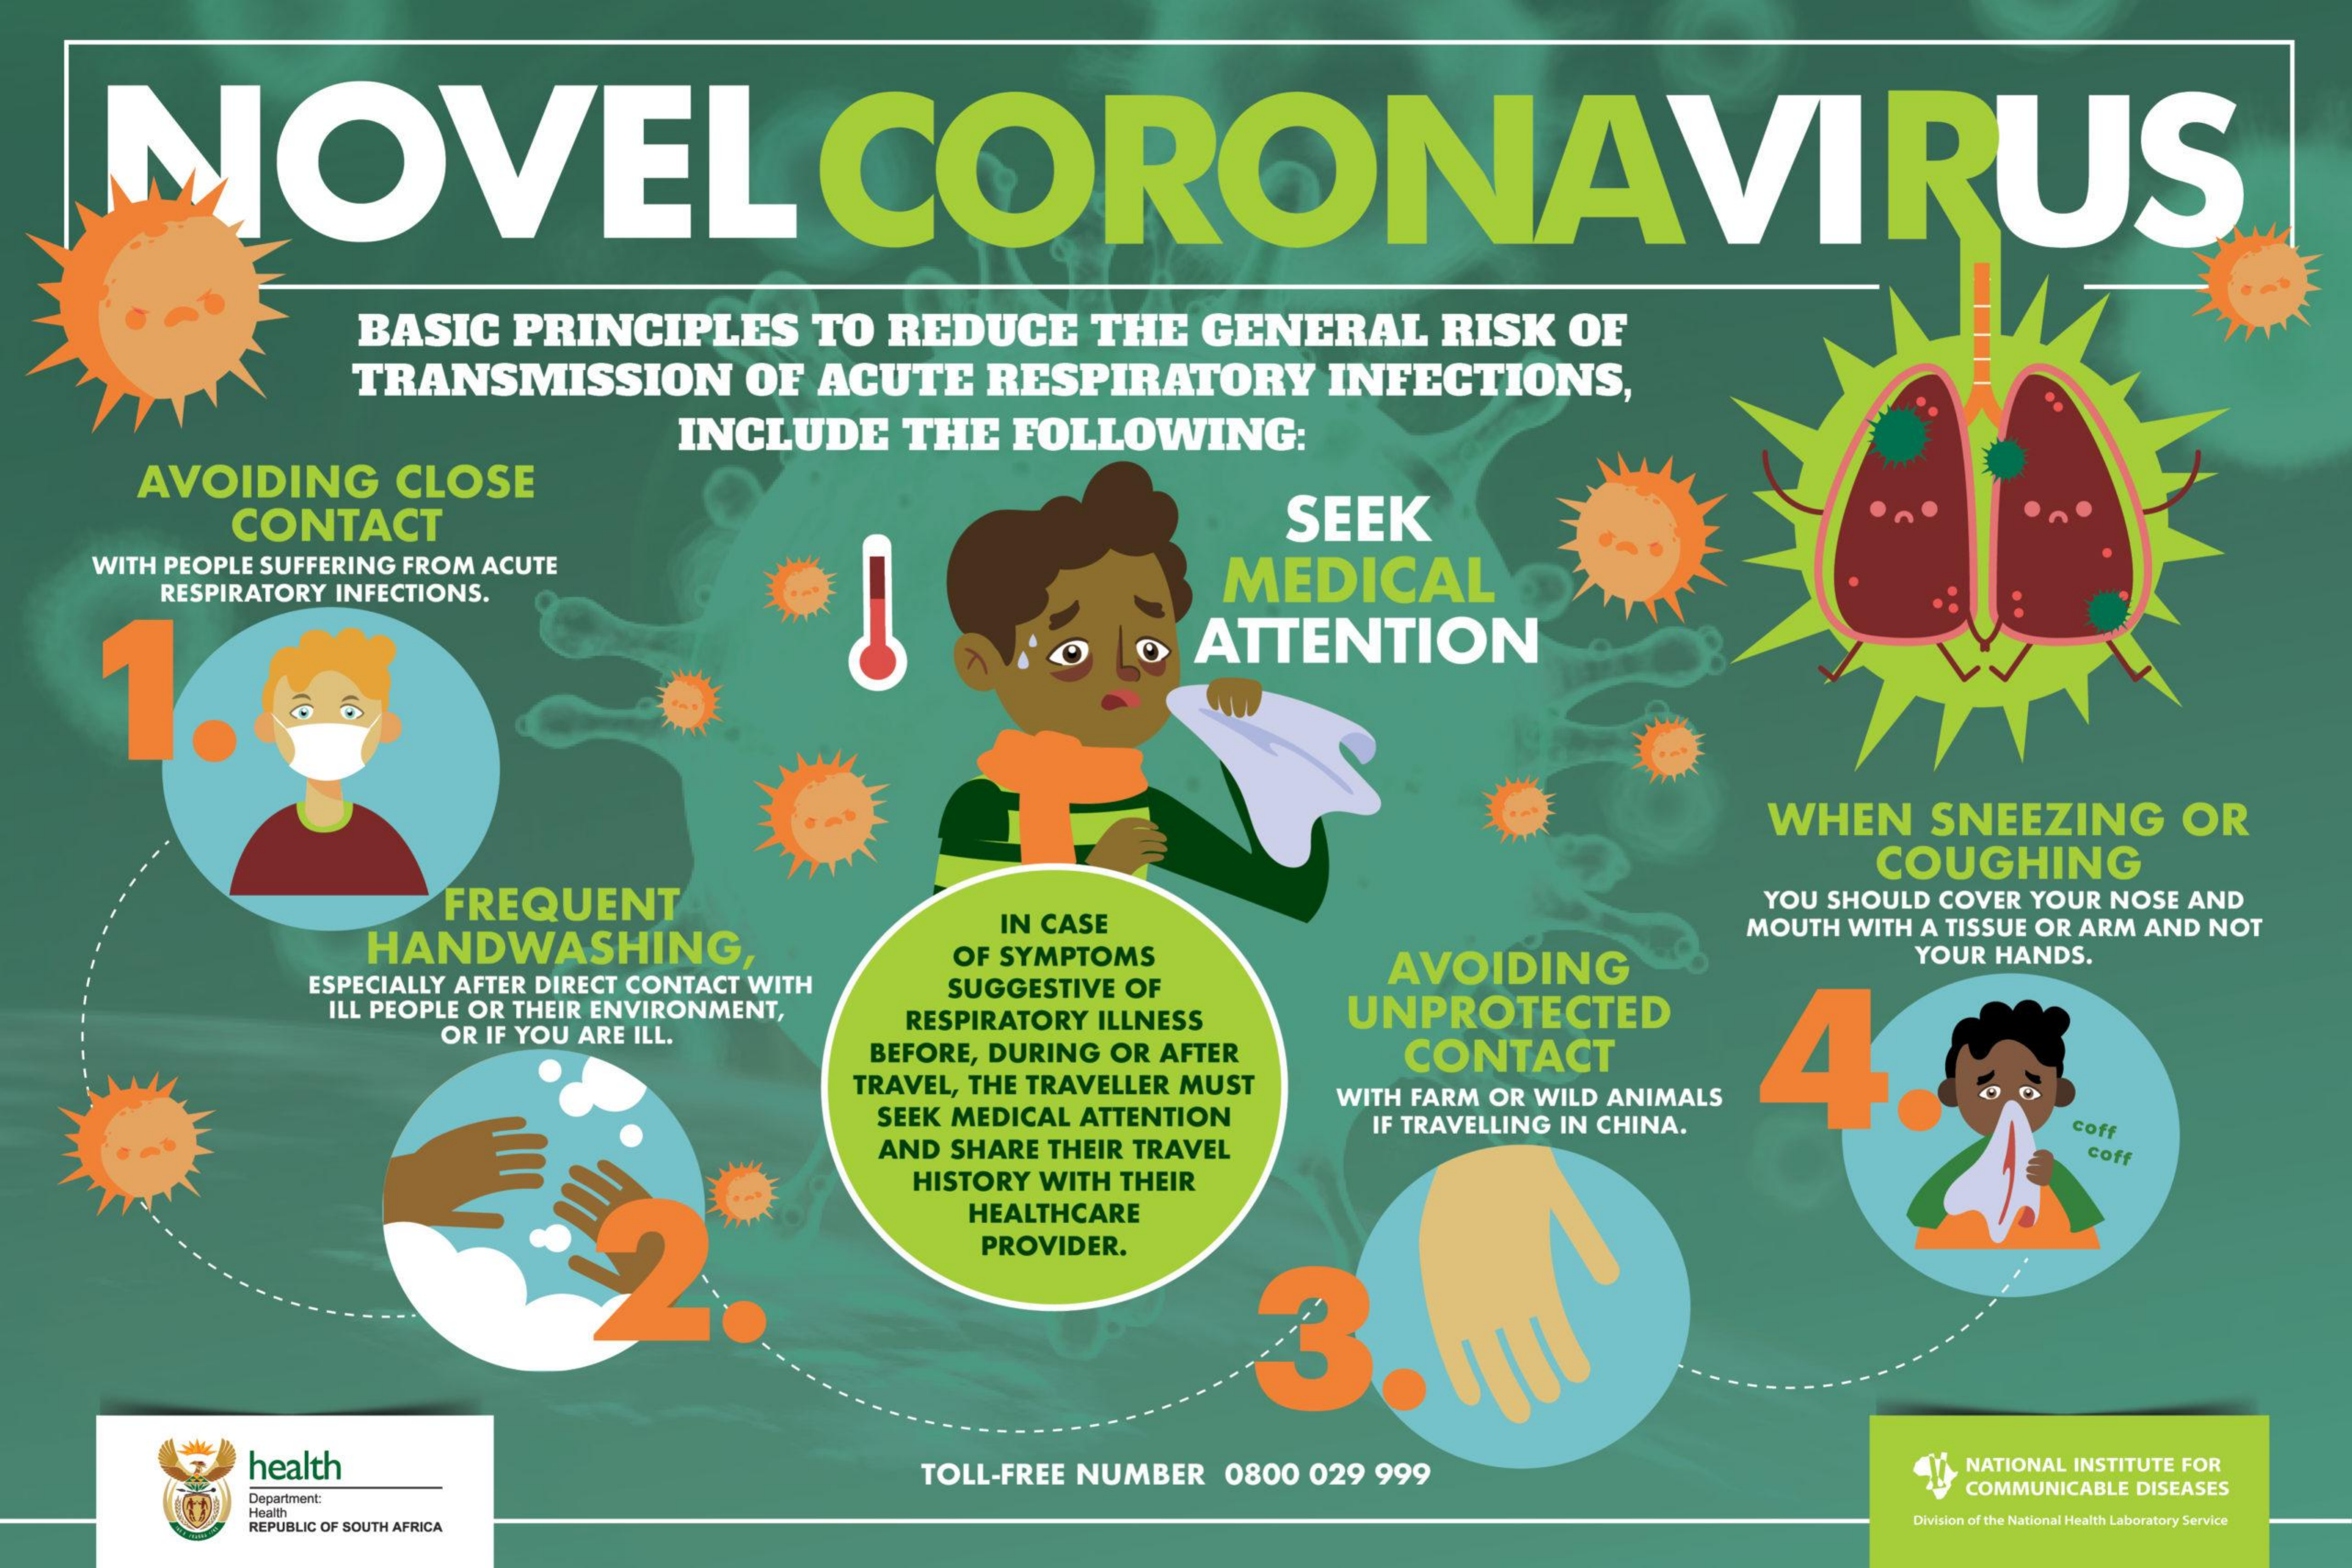
NOVEL    CORONAVIRUS
     BASIC PRINCIPLES TO REDUCE THE GENERAL RISK OF
     TRANSMISSION OF ACUTE RESPIRATORY INFECTIONS,
     INCLUDE THE FOLLOWING:
     AVOIDING CLOSE
     CONTACT    SEEK
   WITH PEOPLE SUFFERING FROM ACUTE
     RESPIRATORY INFECTIONS.
     MEDICAL
     ATTENTION
     WHEN  SNEEZING OR
     FREQUENT
     COUGHING
     YOU SHOULD COVER YOUR NOSE AND
     HANDWASHING,
     IN CASE    MOUTH WITH A TISSUE OR ARM AND NOT
     OF SYMPTOMS   AVOIDING
     YOUR HANDS.
     ESPECIALLY AFTER DIRECT CONTACT WITH
     ILL PEOPLE OR THEIR ENVIRONMENT,
     SUGGESTIVE OF
     RESPIRATORY ILLNESS UNPROTECTED
     CONTACT    4
     OR IF YOU ARE ILL.
     BEFORE, DURING OR AFTER
     TRAVEL, THE TRAVELLER MUST
     SEEK MEDICAL ATTENTION
     WITH FARM OR WILD ANIMALS
     coff
     AND SHARE THEIR TRAVEL
     IF TRAVELLING IN CHINA.
     coff
     HISTORY WITH THEIR
     HEALTHCARE
     PROVIDER.
     3.
     health    TOLL-FREE NUMBER 0800 029 999    NATIONAL INSTITUTE FOR
     COMMUNICABLE DISEASES
     Haalt
     REPUBLIC OF SOUTH AFRICA    Division of the National Health Laboratory Service